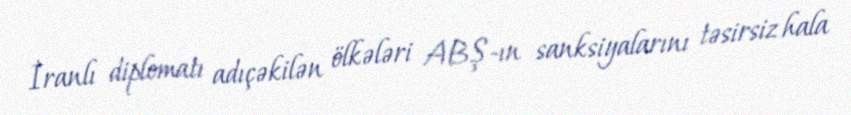
İranlı diplomatı adıçəkilən ölkələri ABŞ-ın sanksiyalarını təsirsiz hala